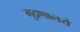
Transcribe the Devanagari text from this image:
मुद्रणालये